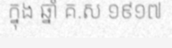
ក្នុង ឆ្នាំ គ.ស ១៩១៧